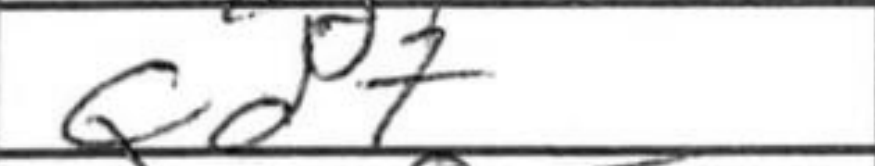
Transcription: Qd7